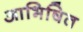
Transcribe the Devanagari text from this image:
आभिषित